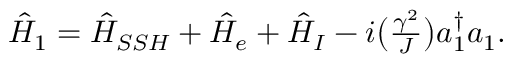
\begin{array} { r } { \hat { H } _ { 1 } = \hat { H } _ { S S H } + \hat { H } _ { e } + \hat { H } _ { I } - i \big ( \frac { \gamma ^ { 2 } } { J } \big ) a _ { 1 } ^ { \dagger } a _ { 1 } . } \end{array}